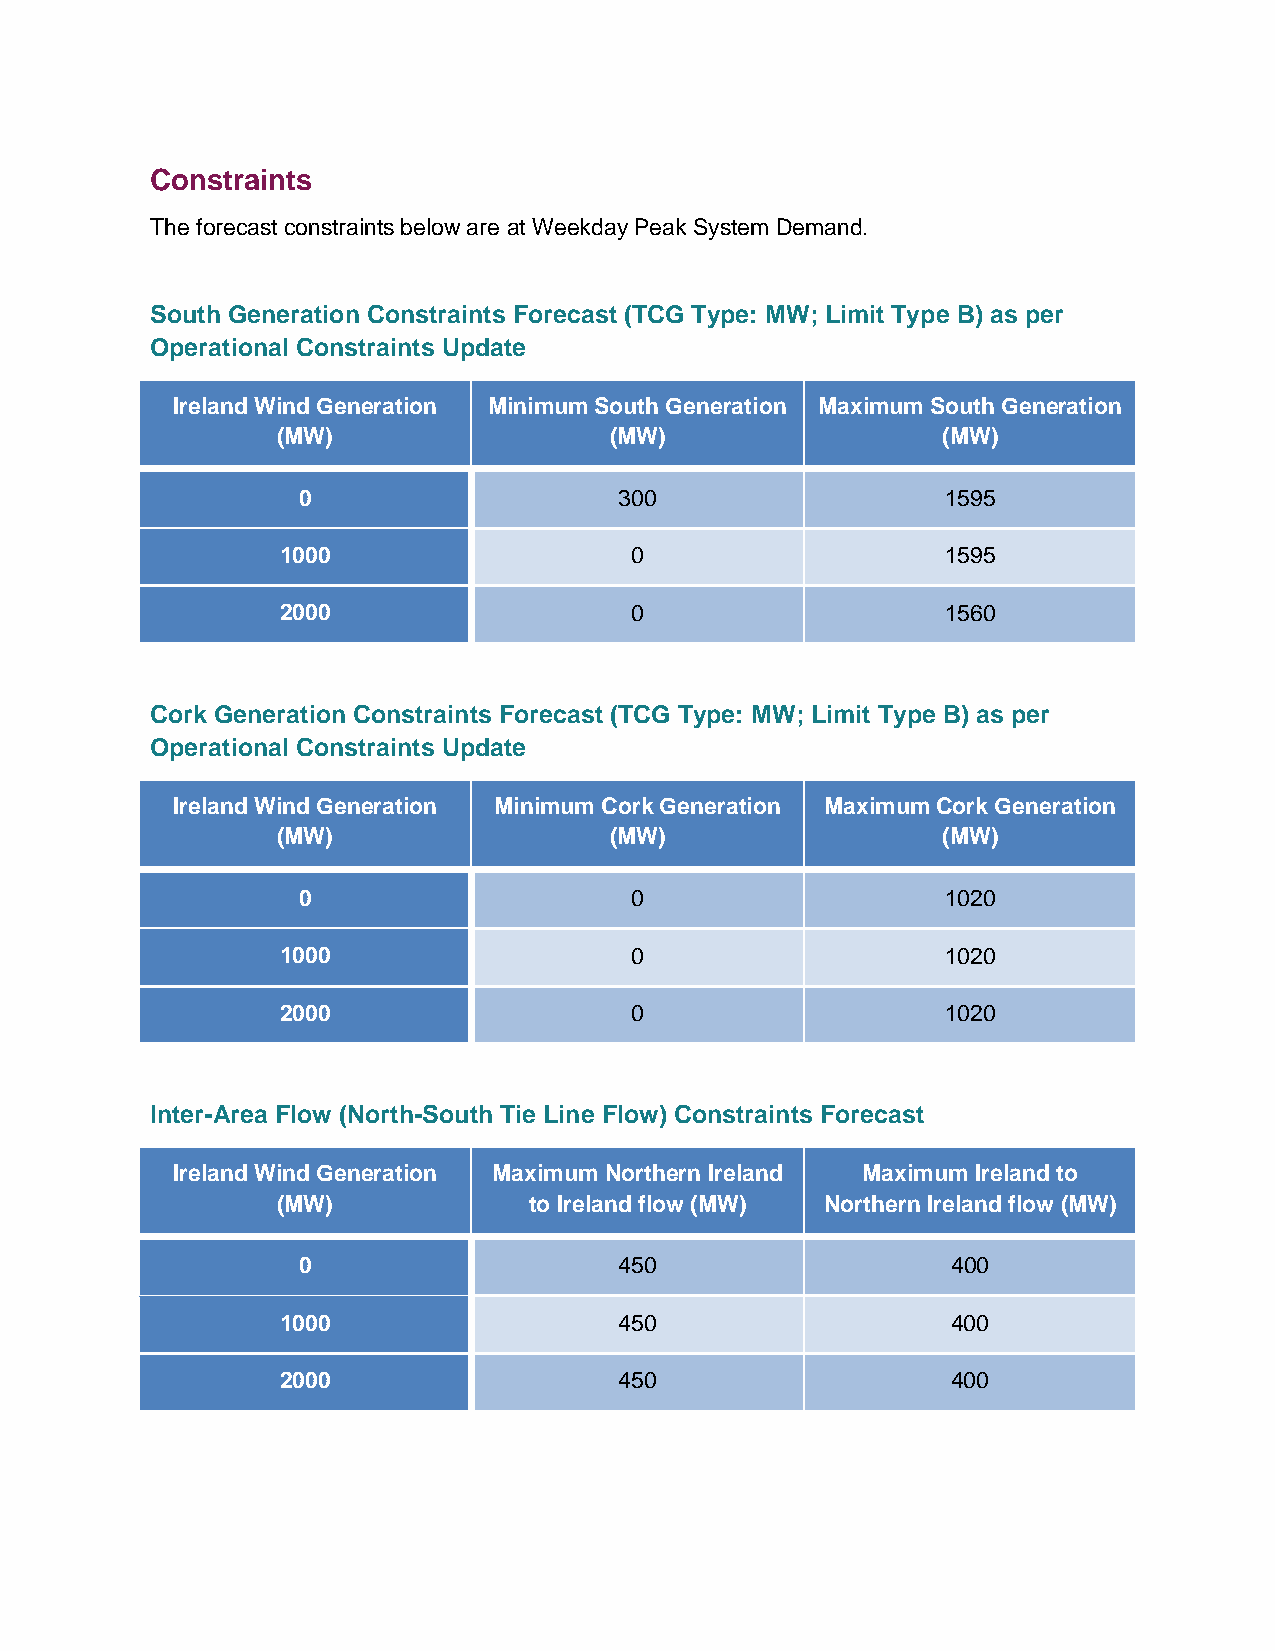
Constraints
 The forecast constraints below are at Weekday Peak System Demand.
 South Generation Constraints Forecast (TCG Type: MW; Limit Type B) as per
 Operational Constraints Update
 Ireland Wind Generation Minimum South Generation Maximum South Generation
 (MW)                  (MW)                  (MW)
 0                    300                   1595
 1000                   0                    1595
 2000                   0                    1560
 Cork Generation Constraints Forecast (TCG Type: MW; Limit Type B) as per
 Operational Constraints Update
 Ireland Wind Generation Minimum Cork Generation Maximum Cork Generation
 (MW)                  (MW)                  (MW)
 0                     0                    1020
 1000                   0                    1020
 2000                   0                    1020
 Inter-Area Flow (North-South Tie Line Flow) Constraints Forecast
 Ireland Wind Generation Maximum Northern Ireland Maximum Ireland to
 (MW)             to Ireland flow (MW) Northern Ireland flow (MW)
 0                    450                   400
 1000                  450                   400
 2000                  450                   400